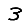
Digit: 3